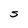
Character: S